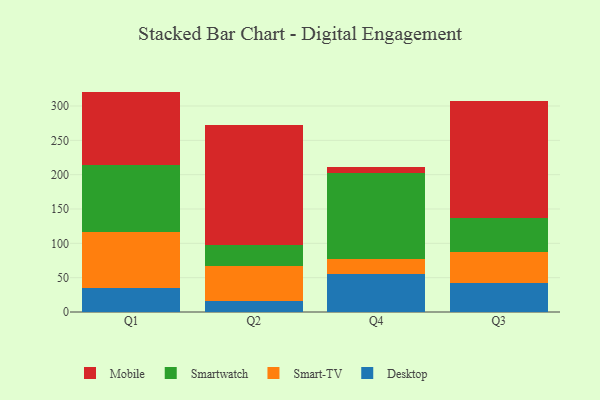
{"axis": {"x": "Quarter", "y": "Energy Usage (MWh)"}, "legend": ["Desktop", "Mobile", "Smart-TV", "Smartwatch"], "data": [{"x": "Q1", "y": 35.2, "type": "Desktop"}, {"x": "Q1", "y": 81.4, "type": "Smart-TV"}, {"x": "Q1", "y": 97.4, "type": "Smartwatch"}, {"x": "Q1", "y": 107.0, "type": "Mobile"}, {"x": "Q2", "y": 15.4, "type": "Desktop"}, {"x": "Q2", "y": 51.8, "type": "Smart-TV"}, {"x": "Q2", "y": 30.5, "type": "Smartwatch"}, {"x": "Q2", "y": 174.1, "type": "Mobile"}, {"x": "Q4", "y": 56.0, "type": "Desktop"}, {"x": "Q4", "y": 21.1, "type": "Smart-TV"}, {"x": "Q4", "y": 124.7, "type": "Smartwatch"}, {"x": "Q4", "y": 9.4, "type": "Mobile"}, {"x": "Q3", "y": 41.9, "type": "Desktop"}, {"x": "Q3", "y": 45.1, "type": "Smart-TV"}, {"x": "Q3", "y": 50.5, "type": "Smartwatch"}, {"x": "Q3", "y": 170.0, "type": "Mobile"}]}